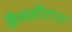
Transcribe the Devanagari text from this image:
कैथडीटपट